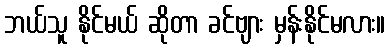
ဘယ်သူ နိုင်မယ် ဆိုတာ ခင်ဗျား မှန်းနိုင်မလား။